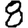
Digit: 8